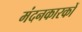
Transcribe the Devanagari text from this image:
मंदनकारकों